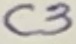
Text: C3